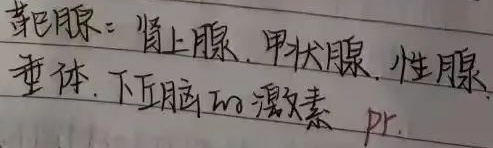
靶腺：肾上腺、甲状腺、性腺、垂体、下丘脑的激素  pr.